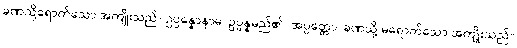
ခဏသို့ရောက်သော အကျိုးသည်။ ဥပ္ပန္နောနာမ၊ ဥပ္ပန္နမည်၏။ အပ္ပတ္တော၊ ခဏသို့ မရောက်သော အကျိုးသည်။